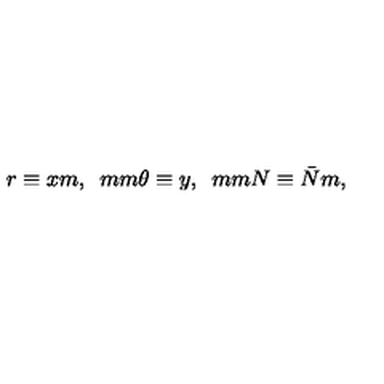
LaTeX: r \equiv x m , \hspace * { 5 m m } \theta \equiv y , \hspace * { 5 m m } N \equiv \bar { N } m ,